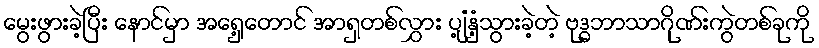
မွေးဖွားခဲ့ပြီး နောင်မှာ အရှေ့တောင် အာရှတစ်လွှား ပျံ့နှံ့သွားခဲ့တဲ့ ဗုဒ္ဓဘာသာဂိုဏ်းကွဲတစ်ခုကို